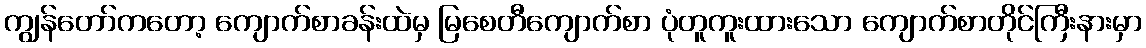
ကျွန်တော်ကတော့ ကျောက်စာခန်းထဲမှ မြစေတီကျောက်စာ ပုံတူကူးထားသော ကျောက်စာတိုင်ကြီးနားမှာ